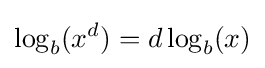
\log _{b}(x^{d})=d\log _{b}(x)